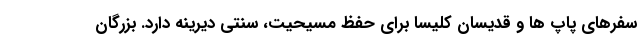
سفرهای پاپ ها و قدیسان کلیسا برای حفظ مسیحیت، سنتی دیرینه دارد. بزرگان